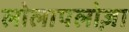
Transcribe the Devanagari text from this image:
लोलापलोज़ा